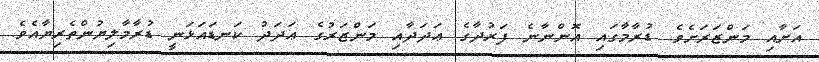
އަށާއި މަންޒަރަށެވެ. ޑުރާމާގައި އޮންނާނެ ފަރުދާގެ ޢަދަދާއި މަންޒަރުގެ ޢަދަދު ކަނޑައަޅަނީ ޑުރާމާލިޔުންތެރިޔާއެވެ.